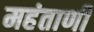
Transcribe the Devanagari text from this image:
महंताणी